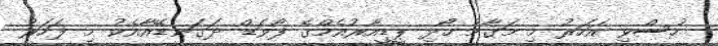
ހުސްވި އަހަރު މި މަގާމު ހޯދި ޕީޑީއާރުއެމްގެ ފޯވަޑް ދަގަނޑޭއާއެކު މި ފަހަރު